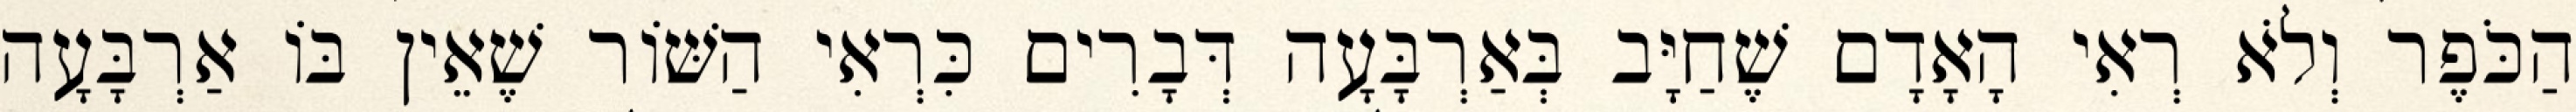
הַכֹּפֶר וְלֹא רְאִי הָאָדָם שֶׁחַיָּב בְּאַרְבָּעָה דְּבָרִים כִּרְאִי הַשּׁוֹר שֶׁאֵין בּוֹ אַרְבָּעָה